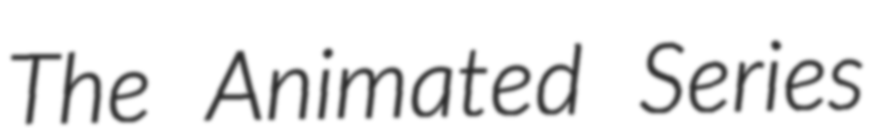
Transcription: The Animated Series